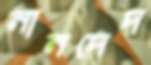
নানদেদ